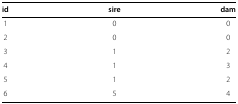
| id | sire | dam |
 | --- | --- | --- |
 | 1 | 0 | 0 |
 | 2 | 0 | 0 |
 | 3 | 1 | 2 |
 | 4 | 1 | 3 |
 | 5 | 1 | 2 |
 | 6 | 5 | 4 |